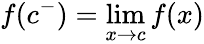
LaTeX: f(c^{-})=\operatorname*{lim}_{x\to c}f(x)